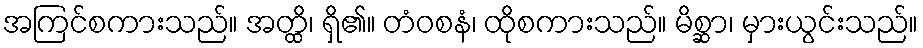
အကြင်စကားသည်။ အတ္ထိ၊ ရှိ၏။ တံဝစနံ၊ ထိုစကားသည်။ မိစ္ဆာ၊ မှားယွင်းသည်။